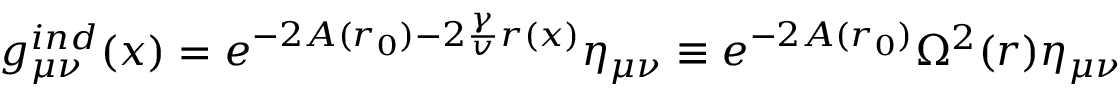
g _ { \mu \nu } ^ { i n d } ( x ) = e ^ { - 2 A ( r _ { 0 } ) - 2 \frac { \gamma } { v } r ( x ) } \eta _ { \mu \nu } \equiv e ^ { - 2 A ( r _ { 0 } ) } \Omega ^ { 2 } ( r ) \eta _ { \mu \nu }